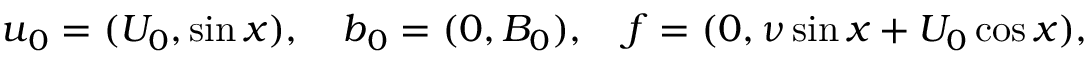
\boldsymbol { u } _ { 0 } = ( U _ { 0 } , \sin x ) , \quad \boldsymbol { b } _ { 0 } = ( 0 , B _ { 0 } ) , \quad \boldsymbol { f } = ( 0 , \nu \sin x + U _ { 0 } \cos x ) ,